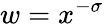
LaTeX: w=x^{-\sigma}